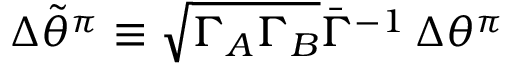
\Delta \widetilde { \theta } ^ { \pi } \equiv { \sqrt { \Gamma _ { A } \Gamma _ { B } } } { \bar { \Gamma } ^ { - 1 } } \, \Delta \theta ^ { \pi }